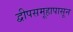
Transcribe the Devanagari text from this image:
द्वीपसमूहापासून